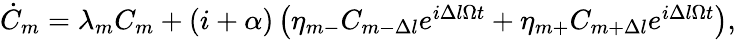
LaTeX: \begin{array}{r}{\dot{C}_{m}=\lambda_{m}C_{m}+(i+\alpha)\left(\eta_{m-}C_{m-\Delta l}e^{i\Delta l\Omega t}+\eta_{m+}C_{m+\Delta l}e^{i\Delta l\Omega t}\right),}\end{array}